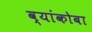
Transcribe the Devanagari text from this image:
व्यांकोबा